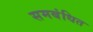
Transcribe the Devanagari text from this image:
समबंधित